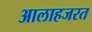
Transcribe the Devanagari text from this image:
आलाहजरत